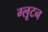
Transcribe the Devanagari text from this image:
ग्लूटन